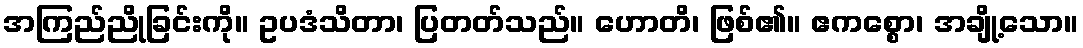
အကြည်ညိုခြင်းကို။ ဥပဒံသိတာ၊ ပြတတ်သည်။ ဟောတိ၊ ဖြစ်၏။ ဧကစ္စော၊ အချို့သော။